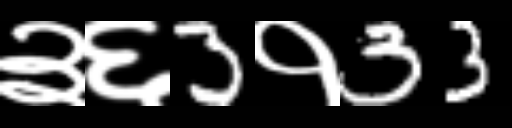
Text: ३६3१33